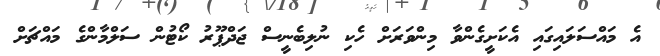
އެ މައްސަލައިގައި އެކަށީގެންވާ މިންވަރަށް ހެކި ނުލިބެނީސް ޖަދްޕޫރު ކޯޓުން ސަލްމާންގެ މައްޗަށް